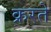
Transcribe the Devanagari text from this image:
क्ररते